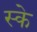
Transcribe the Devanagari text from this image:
स्के